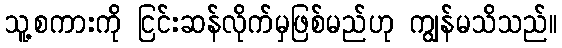
သူ့စကားကို ငြင်းဆန်လိုက်မှဖြစ်မည်ဟု ကျွန်မသိသည်။